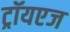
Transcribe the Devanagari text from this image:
ट्रॉयएज